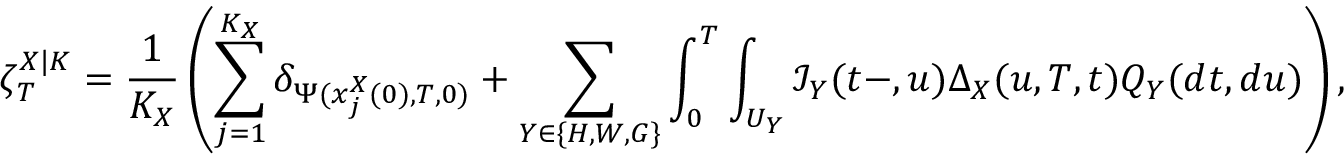
\zeta _ { T } ^ { X | K } = \frac { 1 } { K _ { X } } \left( \sum _ { j = 1 } ^ { K _ { X } } \delta _ { \Psi ( x _ { j } ^ { X } ( 0 ) , T , 0 ) } + \sum _ { Y \in \{ H , W , G \} } \int _ { 0 } ^ { T } \int _ { U _ { Y } } \mathcal { I } _ { Y } ( t - , u ) \Delta _ { X } ( u , T , t ) Q _ { Y } ( d t , d u ) \right) ,